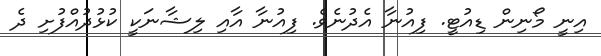
އިނީ މޯނިން ޑިއުޓީ. ފިއުނާ އެދުނެވެ. ފިއުނާ އާއި ލިޝާނަކީ ކުޅުދުއްފުށި ދެ